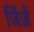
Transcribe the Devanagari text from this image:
जिंज़ें